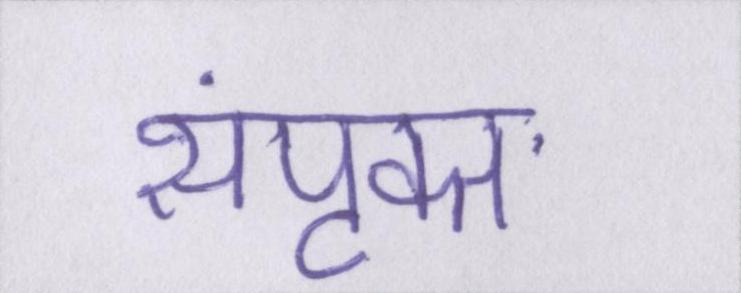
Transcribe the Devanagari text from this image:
संपृक्त